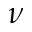
\nu